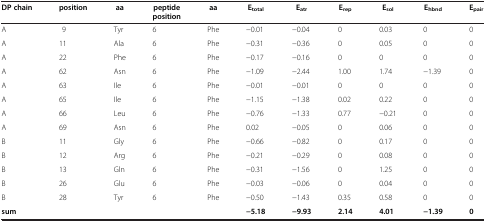
| DP chain | position | aa | peptide position | aa | Etotal | Eatr | Erep | Esol | Ehbnd | Epair |
 | --- | --- | --- | --- | --- | --- | --- | --- | --- | --- | --- |
 | A | 9 | Tyr | 6 | Phe | −0.01 | −0.04 | 0 | 0.03 | 0 | 0 |
 | A | 11 | Ala | 6 | Phe | −0.31 | −0.36 | 0 | 0.05 | 0 | 0 |
 | A | 22 | Phe | 6 | Phe | −0.17 | −0.16 | 0 | 0 | 0 | 0 |
 | A | 62 | Asn | 6 | Phe | −1.09 | −2.44 | 1.00 | 1.74 | −1.39 | 0 |
 | A | 63 | Ile | 6 | Phe | −0.01 | −0.01 | 0 | 0 | 0 | 0 |
 | A | 65 | Ile | 6 | Phe | −1.15 | −1.38 | 0.02 | 0.22 | 0 | 0 |
 | A | 66 | Leu | 6 | Phe | −0.76 | −1.33 | 0.77 | −0.21 | 0 | 0 |
 | A | 69 | Asn | 6 | Phe | 0.02 | −0.05 | 0 | 0.06 | 0 | 0 |
 | B | 11 | Gly | 6 | Phe | −0.66 | −0.82 | 0 | 0.17 | 0 | 0 |
 | B | 12 | Arg | 6 | Phe | −0.21 | −0.29 | 0 | 0.08 | 0 | 0 |
 | B | 13 | Gln | 6 | Phe | −0.31 | −1.56 | 0 | 1.25 | 0 | 0 |
 | B | 26 | Glu | 6 | Phe | −0.03 | −0.06 | 0 | 0.04 | 0 | 0 |
 | B | 28 | Tyr | 6 | Phe | −0.50 | −1.43 | 0.35 | 0.58 | 0 | 0 |
 | sum |  |  |  |  | −5.18 | −9.93 | 2.14 | 4.01 | −1.39 | 0 |